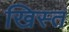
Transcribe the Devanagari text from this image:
खिस्‍त